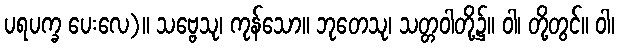
ပရပက္ခ ပေးလေ)။ သဗ္ဗေသု၊ ကုန်သော။ ဘုတေသု၊ သတ္တဝါတို့၌။ ဝါ၊ တို့တွင်။ ဝါ၊